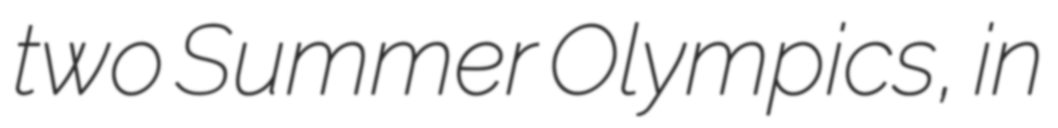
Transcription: two Summer Olympics, in